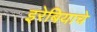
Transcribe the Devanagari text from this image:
इरेबियाचे